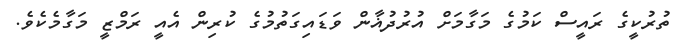
ތުރުކީގެ ރައީސް ކަމުގެ މަގާމަށް އުރުދުޣާން ވަޑައިގަތުމުގެ ކުރިން އެއީ ރަމްޒީ މަގާމެކެވެ.